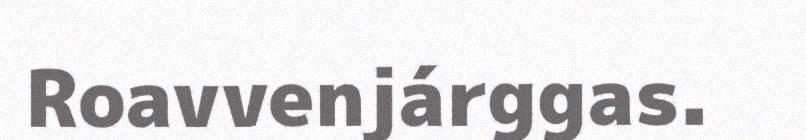
Roavvenjárggas.